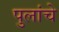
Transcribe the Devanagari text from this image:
पुलांचे